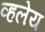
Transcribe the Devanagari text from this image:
व्हलेय